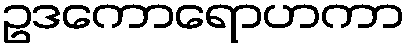
ဥဒကောရောဟကာ